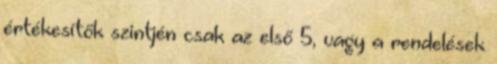
értékesítők szintjén csak az első 5, vagy a rendelések